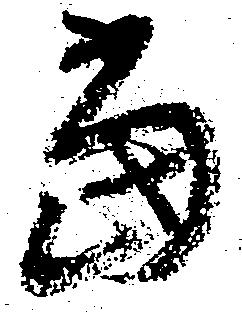
当